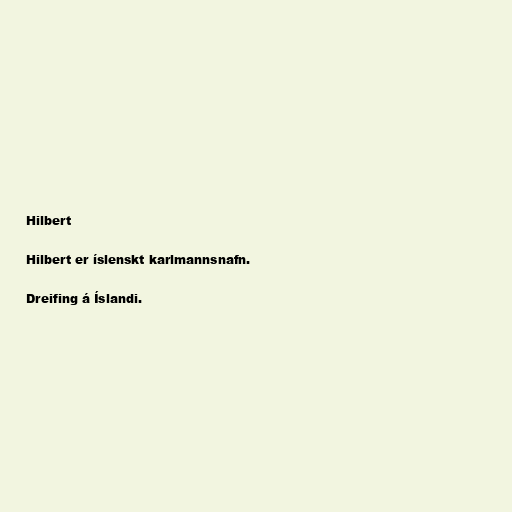
Hilbert

Hilbert er íslenskt karlmannsnafn.

Dreifing á Íslandi.